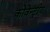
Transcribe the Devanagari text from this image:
कोवेन्ट्रीय